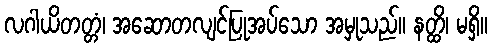
လဂါယိတတ္တံ၊ အဆောတလျင်ပြုအပ်သော အမှုသည်။ နတ္ထိ၊ မရှိ။